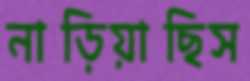
নাড়িয়াছিস